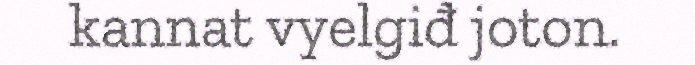
kannat vyelgiđ joton.